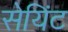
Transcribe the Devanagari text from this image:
सेयिंट